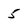
Character: 5